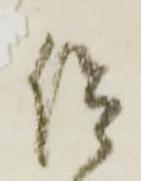
仰